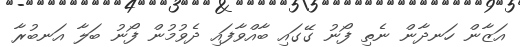
އަޒާން ހަނދާން ނެތި ފޯނު ގޭގައި ބާއްވާފައި ދެވުމުން ފޯނު ބަލާ އަނބުރާ